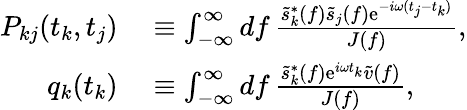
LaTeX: \begin{array}{rl}{P_{kj}(t_{k},t_{j})}&{{}\equiv\int_{-\infty}^{\infty}\mathop{df}\frac{\tilde{s}_{k}^{*}(f)\tilde{s}_{j}(f)\mathrm{e}^{-i\omega(t_{j}-t_{k})}}{J(f)},}\\ {q_{k}(t_{k})}&{{}\equiv\int_{-\infty}^{\infty}\mathop{df}\frac{\tilde{s}_{k}^{*}(f)\mathrm{e}^{i\omega t_{k}}\tilde{v}(f)}{J(f)},}\end{array}